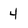
Character: 4